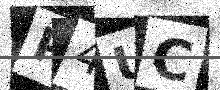
Text: P4UC